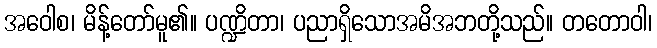
အဝေါစ၊ မိန့်တော်မူ၏။ ပဏ္ဍိတာ၊ ပညာရှိသောအမိအဘတို့သည်။ တတောဝါ၊